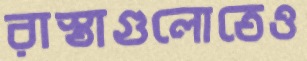
রাস্তাগুলোতেও